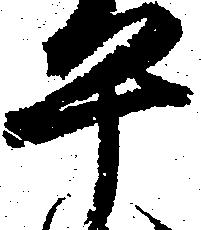
平